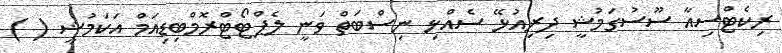
ރިކެޓްސިއާ ސޫސުގަމުޝީ ދިރިއުޅޭ ސެއްޅި ނިސްބަތް ވަނީ ލެޕްޓޯޓްރޮމްބިޑިއަމް އަކަމުޝީ ( )